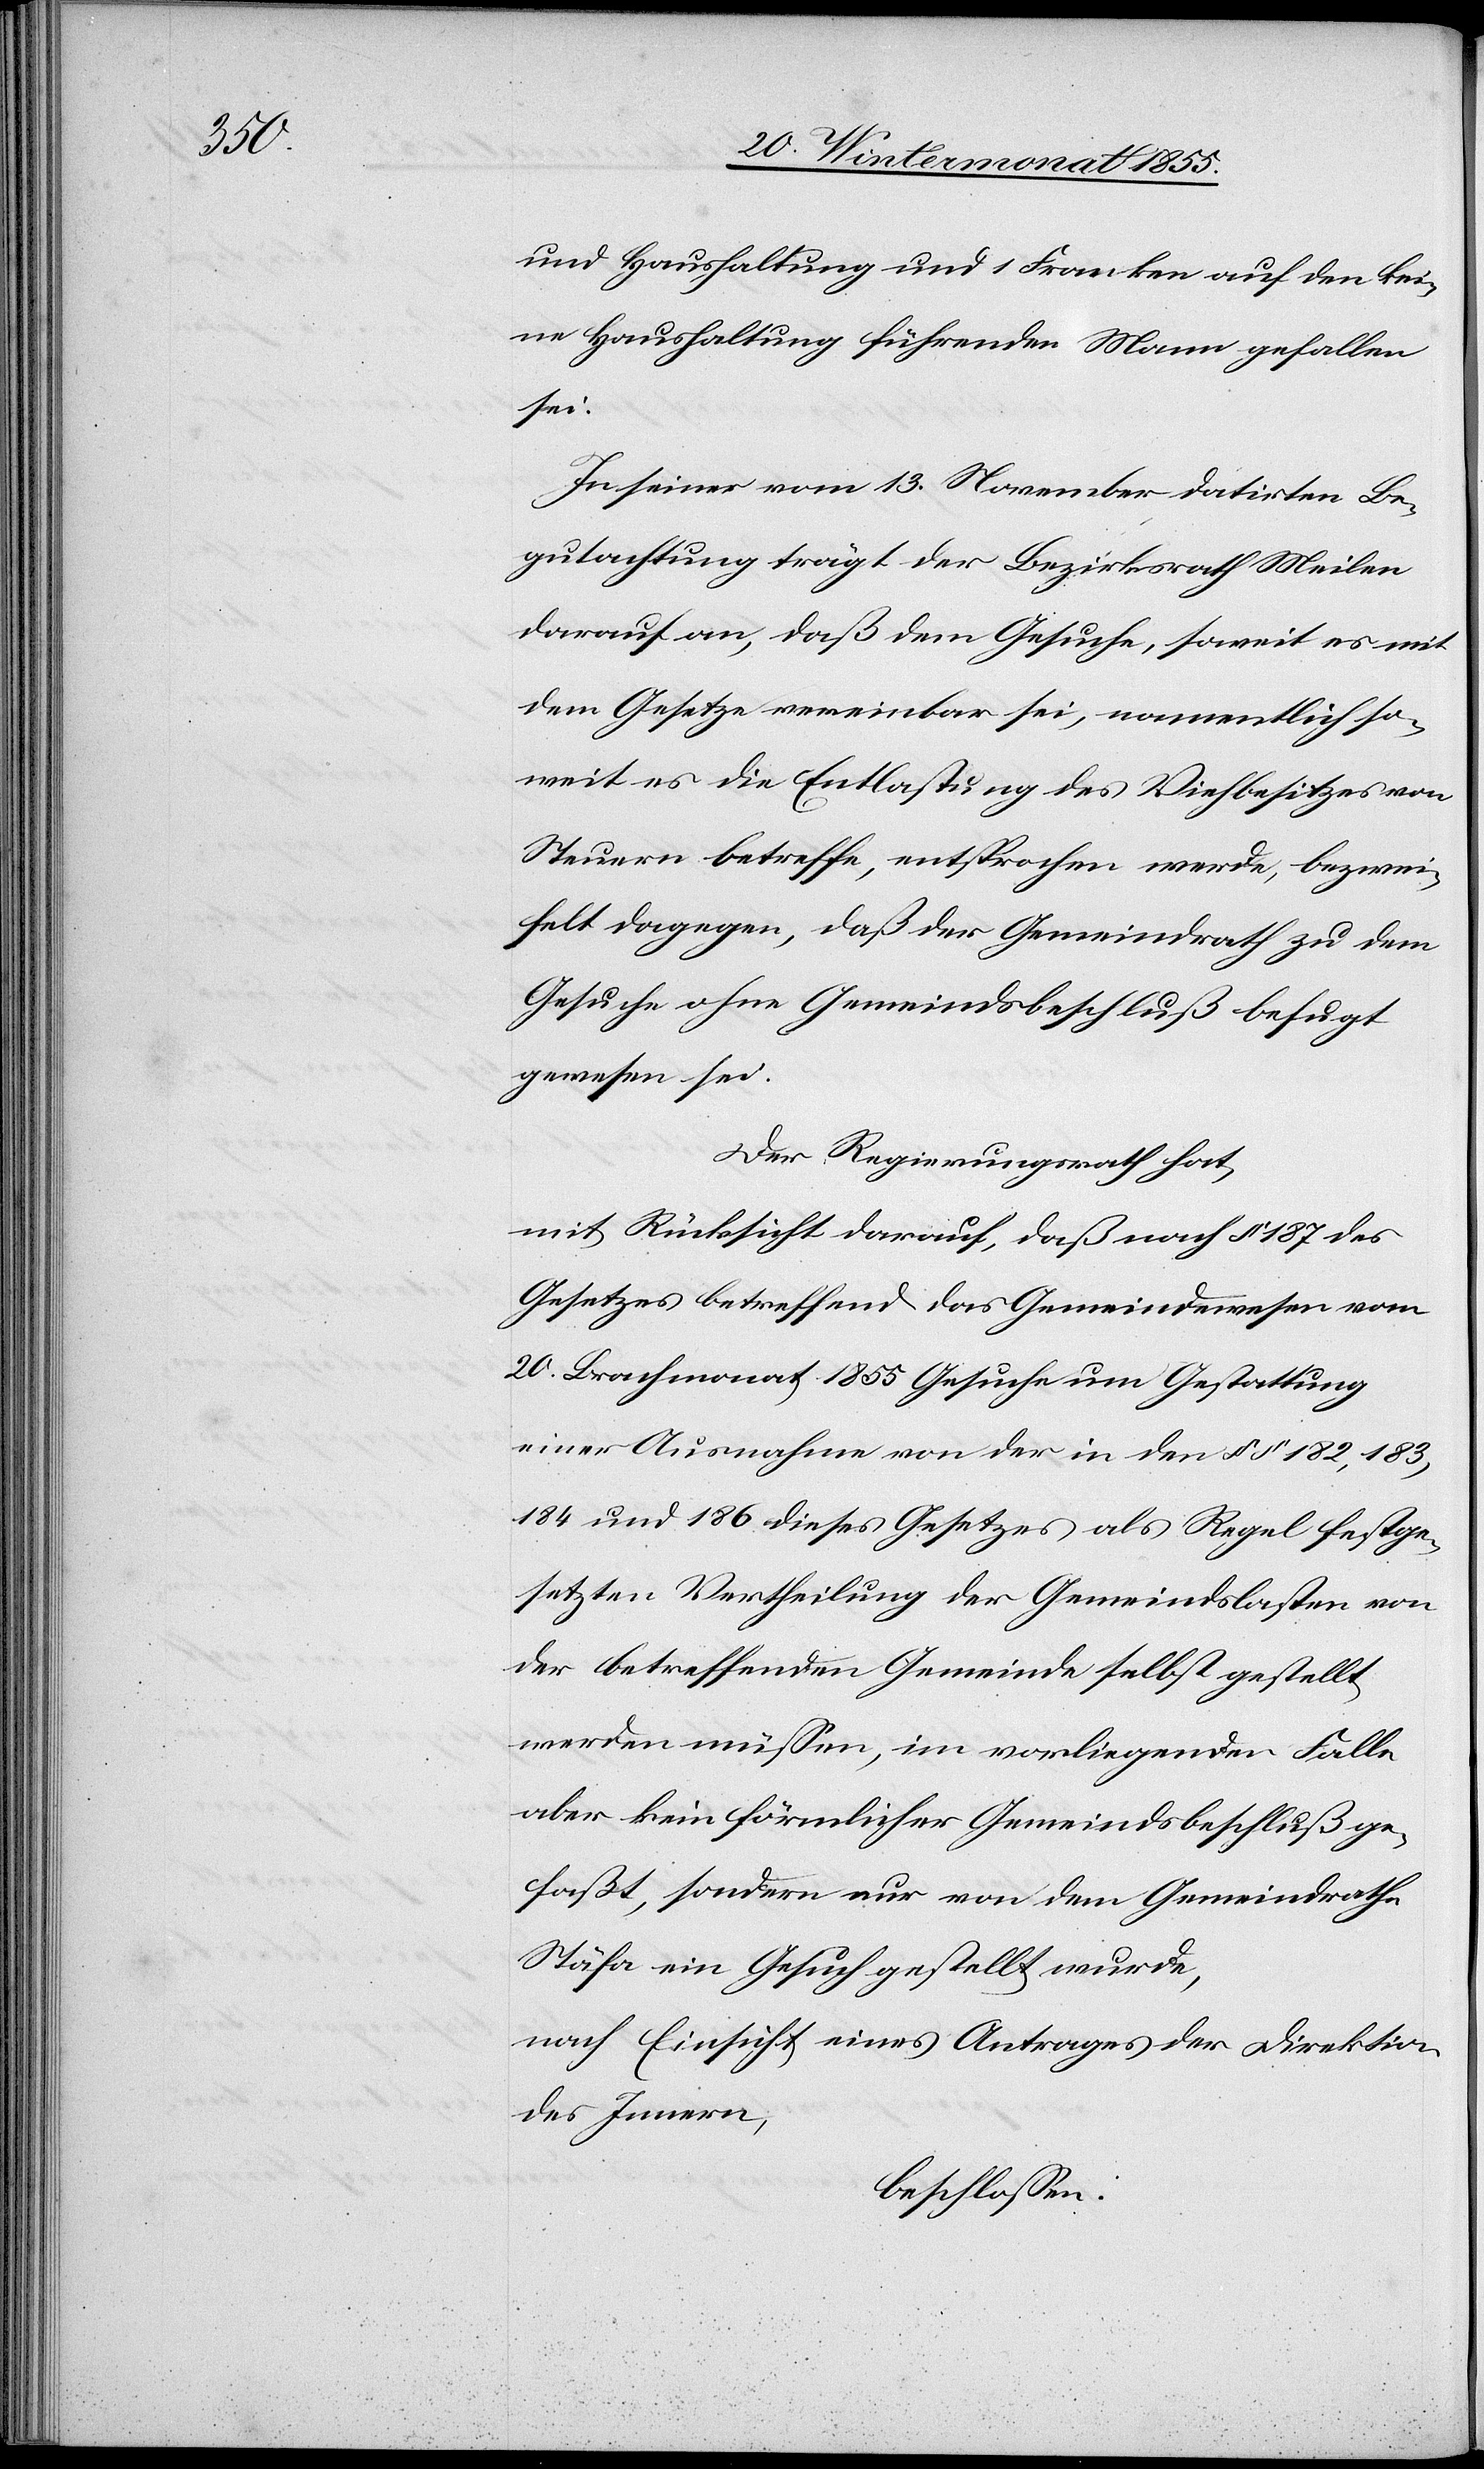
und Haushaltung und 1 Franken auf den kei¬
ne Haushaltung führenden Mann gefallen
sei.
In seiner vom 13. November datirten Be¬
gutachtung trägt der Bezirksrath Meilen
darauf an, daß dem Gesuche, soweit es mit
dem Gesetze vereinbar sei, namentlich so¬
weit es die Entlastung des Viehbesitzes von
Steuern betreffe, entsprochen werde, bezwei¬
felt dagegen, daß der Gemeindrath zu dem
Gesuche ohne Gemeindsbeschluß befugt
gewesen sei.
Der Regierungsrath hat,
mit Rücksicht darauf, daß nach § 187 des
Gesetzes betreffend das Gemeindewesen vom
20. Brachmonat 1855 Gesuche um Gestattung
einer Ausnahme von der in den §§ 182, 183,
184 und 186 dieses Gesetzes als Regel festge¬
setzten Vertheilung der Gemeindslasten von
der betreffenden Gemeinde selbst gestellt
werden müssen, im vorliegenden Falle
aber kein förmlicher Gemeindsbeschluß ge¬
faßt, sondern nur von dem Gemeindrathe
Stäfa ein Gesuch gestellt wurde,
nach Einsicht eines Antrages der Direktion
des Innern,
beschlossen: